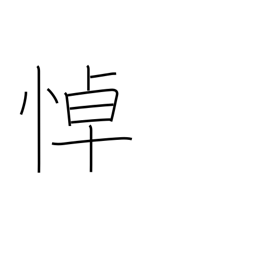
Meaning: grieve over